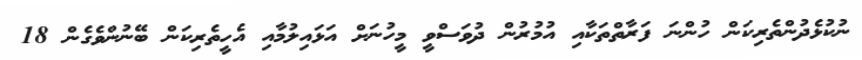
ނުކުޅެދުންތެރިކަން ހުންނަ ފަރާތްތަކާއި އުމުރުން ދުވަސްވީ މީހުނަށް އަޅައިލުމާއި އެހީތެރިކަން ބޭނުންވެގެން 18